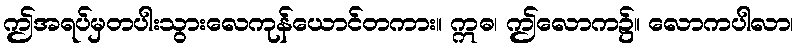
ဤအရပ်မှတပါးသွားလေကုန်ယောင်တကား။ ဣဓ၊ ဤလောက၌။ လောကပါလာ၊